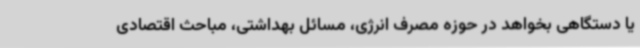
یا دستگاهی بخواهد در حوزه مصرف انرژی، مسائل بهداشتی، مباحث اقتصادی